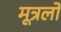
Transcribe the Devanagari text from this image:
मूत्रलों